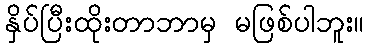
နှိပ်ပြီးထိုးတာဘာမှ မဖြစ်ပါဘူး။